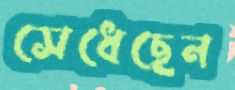
সেধেছেন